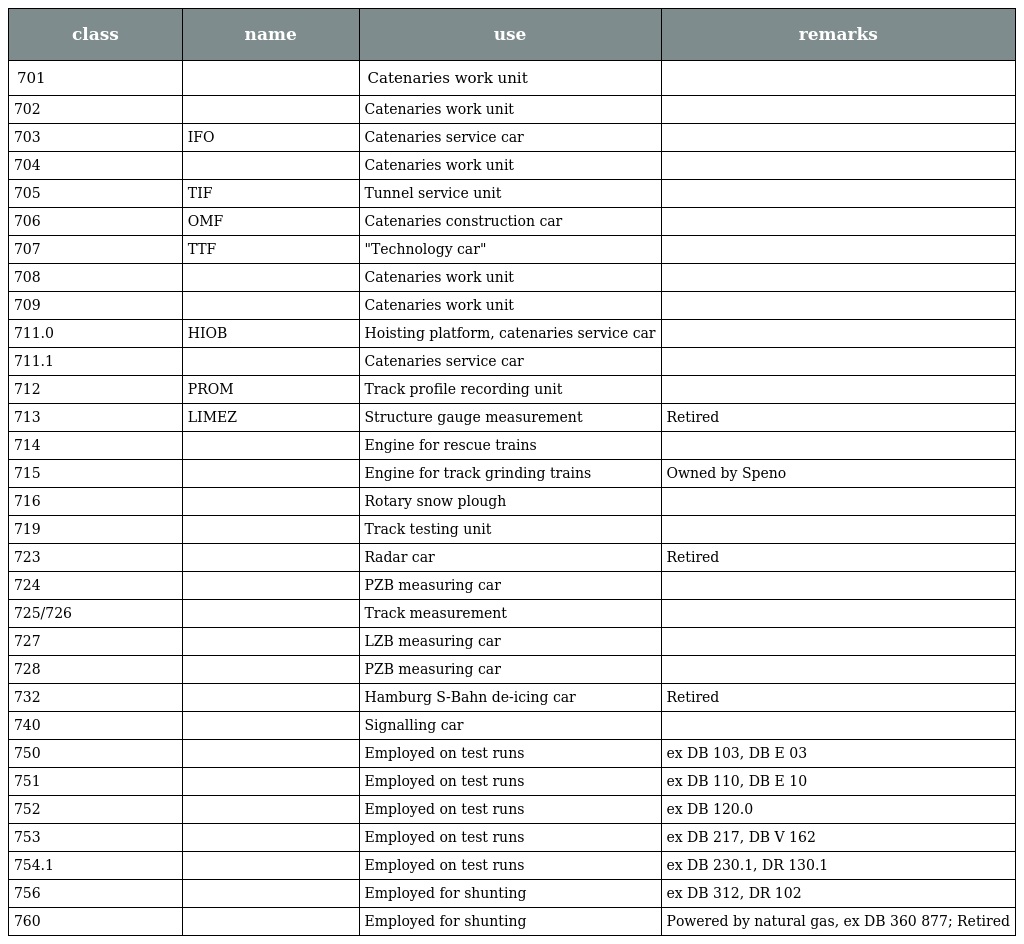
| class | name | use | remarks |
 | --- | --- | --- | --- |
 | 701 |  | Catenaries work unit |  |
 | 702 |  | Catenaries work unit |  |
 | 703 | IFO | Catenaries service car |  |
 | 704 |  | Catenaries work unit |  |
 | 705 | TIF | Tunnel service unit |  |
 | 706 | OMF | Catenaries construction car |  |
 | 707 | TTF | "Technology car" |  |
 | 708 |  | Catenaries work unit |  |
 | 709 |  | Catenaries work unit |  |
 | 711.0 | HIOB | Hoisting platform, catenaries service car |  |
 | 711.1 |  | Catenaries service car |  |
 | 712 | PROM | Track profile recording unit |  |
 | 713 | LIMEZ | Structure gauge measurement | Retired |
 | 714 |  | Engine for rescue trains |  |
 | 715 |  | Engine for track grinding trains | Owned by Speno |
 | 716 |  | Rotary snow plough |  |
 | 719 |  | Track testing unit |  |
 | 723 |  | Radar car | Retired |
 | 724 |  | PZB measuring car |  |
 | 725/726 |  | Track measurement |  |
 | 727 |  | LZB measuring car |  |
 | 728 |  | PZB measuring car |  |
 | 732 |  | Hamburg S-Bahn de-icing car | Retired |
 | 740 |  | Signalling car |  |
 | 750 |  | Employed on test runs | ex DB 103, DB E 03 |
 | 751 |  | Employed on test runs | ex DB 110, DB E 10 |
 | 752 |  | Employed on test runs | ex DB 120.0 |
 | 753 |  | Employed on test runs | ex DB 217, DB V 162 |
 | 754.1 |  | Employed on test runs | ex DB 230.1, DR 130.1 |
 | 756 |  | Employed for shunting | ex DB 312, DR 102 |
 | 760 |  | Employed for shunting | Powered by natural gas, ex DB 360 877; Retired |